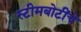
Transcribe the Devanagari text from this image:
स्टीमबोटींचे